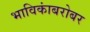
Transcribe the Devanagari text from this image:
भाविकांबरोबर